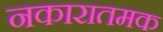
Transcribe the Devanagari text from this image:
नकारातमक